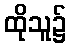
ထိုသူ၌